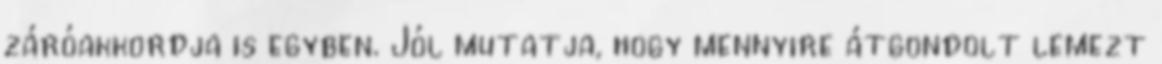
záróakkordja is egyben. Jól mutatja, hogy mennyire átgondolt lemezt